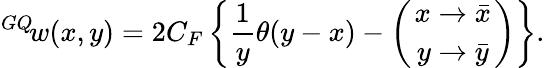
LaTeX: {^{GQ}\! w}(x,y)=2C_{F}\left\{ \frac{1}{y}\theta(y-x)-\left({x\to\bar{x}\atop y\to\bar{y}}\right)\right\} .